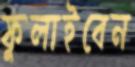
ফুলাইবেন